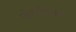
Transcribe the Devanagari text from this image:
जेरानियम